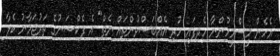
އެހެން މީސްމީހުންނާ ހެދިފައި ހުރި އެއްބަސްވުންތައް ނެތް" އެ ފެކްޝަނުގެ ތަރުޖަމާނު ކެލާ